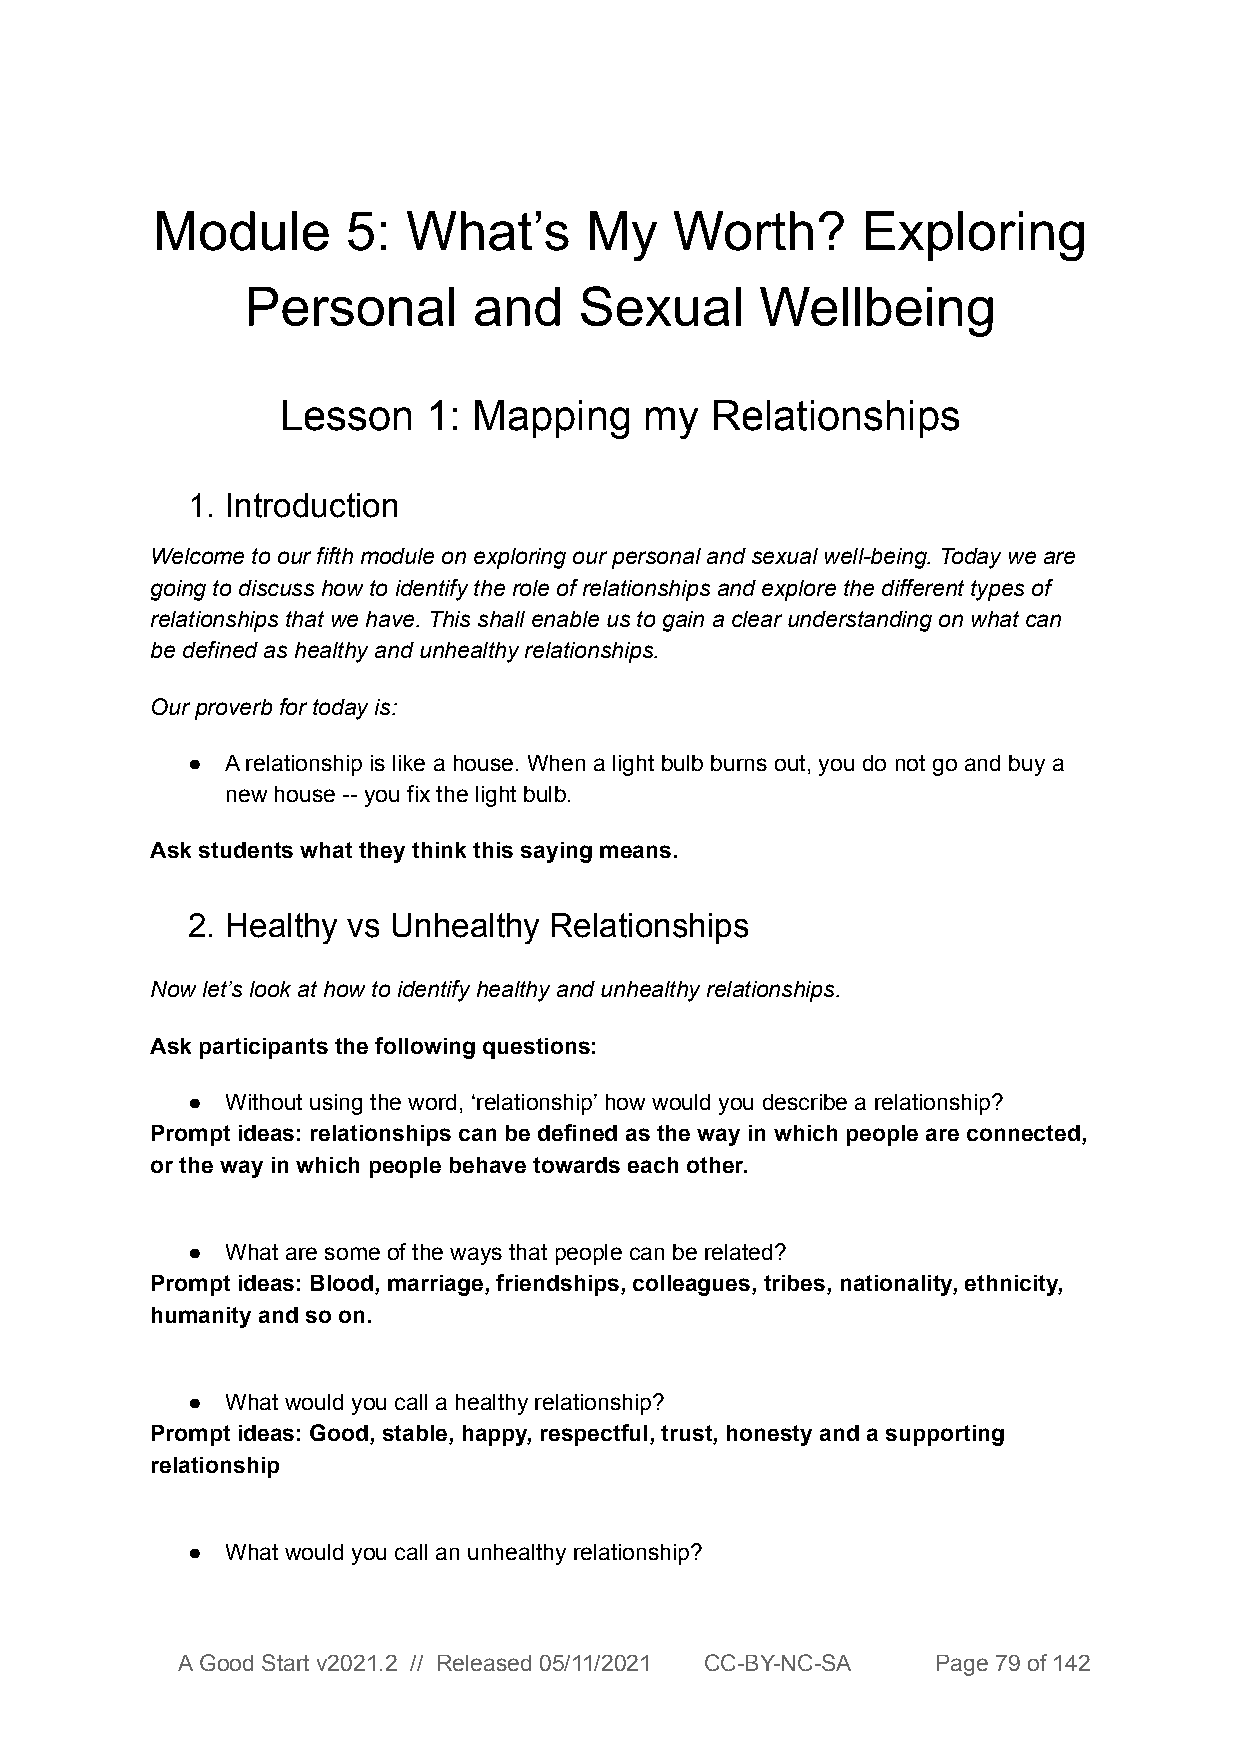
Module       5:  What’s      My    Worth?      Exploring
 Personal       and    Sexual      Wellbeing
 Lesson   1: Mapping     my  Relationships
 1. Introduction
 Welcome to our fifth module on exploring our personal and sexual well-being. Today we are
 going to discuss how to identify the role of relationships and explore the different types of
 relationships that we have. This shall enable us to gain a clear understanding on what can
 be defined as healthy and unhealthy relationships.
 Our proverb for today is:
 ●  A relationship is like a house. When a light bulb burns out, you do not go and buy a
 new house -- you fix the light bulb.
 Ask students what they think this saying means.
 2. Healthy vs Unhealthy Relationships
 Now let’s look at how to identify healthy and unhealthy relationships.
 Ask participants the following questions:
 ●  Without using the word, ‘relationship’ how would you describe a relationship?
 Prompt ideas: relationships can be defined as the way in which people are connected,
 or the way in which people behave towards each other.
 ●  What are some of the ways that people can be related?
 Prompt ideas: Blood, marriage, friendships, colleagues, tribes, nationality, ethnicity,
 humanity and so on.
 ●  What would you call a healthy relationship?
 Prompt ideas: Good, stable, happy, respectful, trust, honesty and a supporting
 relationship
 ●  What would you call an unhealthy relationship?
 A Good Start v2021.2 // Released 05/11/2021 CC-BY-NC-SA Page 79 of 142